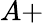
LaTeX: A+